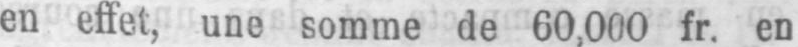
en effet, une somme de 60,000 fr. en